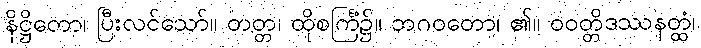
နိဋ္ဌိတော၊ ပြီးလင်သော်။ တတ္တ၊ ထိုစင်္ကြံ၌။ ဘဂဝတော၊ ၏။ ဝဝတ္တိဒဿနတ္ထံ၊